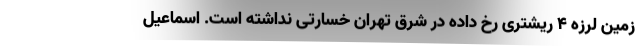
زمین لرزه ۴ ریشتری رخ داده در شرق تهران خسارتی نداشته است. اسماعیل